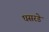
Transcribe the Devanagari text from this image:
घसरडे